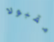
مقبولا